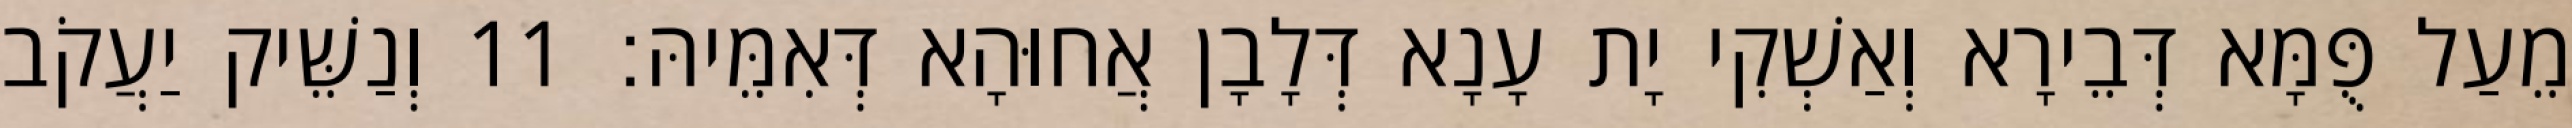
מֵעַל פֻּמָּא דְּבֵירָא וְאַשְׁקִי יָת עָנָא דְּלָבָן אֲחוּהָא דְּאִמֵּיהּ׃ 11 וְנַשֵּׁיק יַעֲקֹב